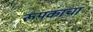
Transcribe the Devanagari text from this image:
रूपकाचा